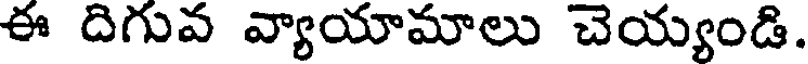
ఈ దిగువ వ్యాయామాలు చెయ్యండి.